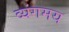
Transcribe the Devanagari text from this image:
व्यंगमय